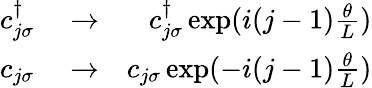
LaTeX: \begin{array}{rlr}{c_{j\sigma}^{\dagger}}&{{}\rightarrow}&{c_{j\sigma}^{\dagger}\exp(i(j-1)\frac{\theta}{L})}\\ {c_{j\sigma}}&{{}\rightarrow}&{c_{j\sigma}\exp(-i(j-1)\frac{\theta}{L})}\end{array}